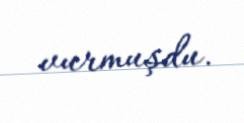
vurmuşdu.